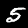
Label: 5